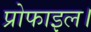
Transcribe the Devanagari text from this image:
प्रोफाइल।